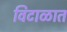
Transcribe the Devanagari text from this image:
विटाळात